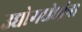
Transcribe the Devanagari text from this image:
उद्योगधंद्यांना